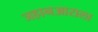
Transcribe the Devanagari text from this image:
जहानआराला